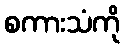
စကားသံကို